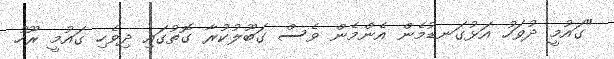
"ގައުމީ ދުވަހު އަޅުގަނޑުމެން އެންމެން ވެސް ގަބޫލުކުރާ ގޮތުގައި ދިވެހި ގައުމީ ރޫހު